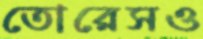
তোরেসও